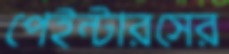
পেইন্টারসের